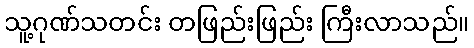
သူ့ဂုဏ်သတင်း တဖြည်းဖြည်း ကြီးလာသည်။